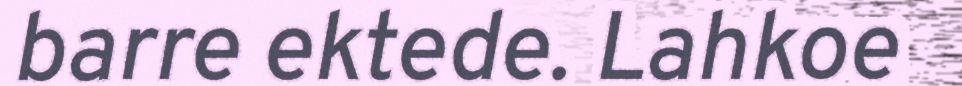
barre ektede. Lahkoe